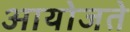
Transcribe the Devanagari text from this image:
आयोजते